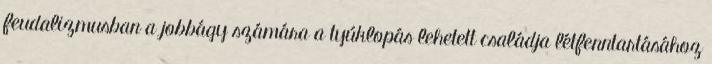
feudalizmusban a jobbágy számára a tyúklopás lehetett családja létfenntartásához